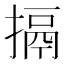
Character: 搹